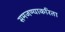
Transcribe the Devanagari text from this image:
समजण्याकरिता